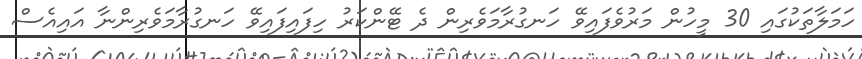
ހަމަލާތަކުގައި 30 މީހުން މަރުވެފައިވޭ ހަނގުރާމަވެރިން ދެ ޓޭންކަރު ހިފައިފައިވޭ ހަނގުރާމަވެރިންނާ އައިއެސް